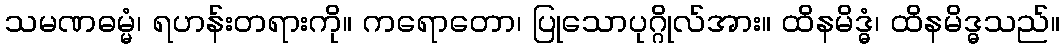
သမဏဓမ္မံ၊ ရဟန်းတရားကို။ ကရောတော၊ ပြုသောပုဂ္ဂိုလ်အား။ ထိနမိဒ္ဓံ၊ ထိနမိဒ္ဓသည်။